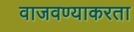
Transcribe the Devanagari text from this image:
वाजवण्याकरता